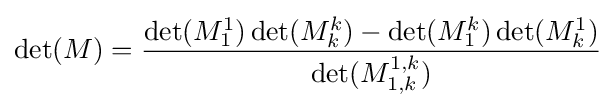
\det(M)={\frac {\det(M_{1}^{1})\det(M_{k}^{k})-\det(M_{1}^{k})\det(M_{k}^{1})}{\det(M_{1,k}^{1,k})}}